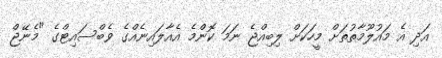
އަދި އެ މައުލޫމާތުތަށް މީހަކަށް ލިބިއްޖެ ނަމަ ކޮންމެ އެއާލައިނެއްގެ ވެބްސައިޓްގެ "މެނޭޖް